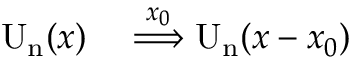
\begin{array} { r l } { \mathrm { U _ { n } } ( x ) } & { { } \overset { x _ { 0 } } { \Longrightarrow } \mathrm { U _ { n } } ( x - x _ { 0 } ) } \end{array}